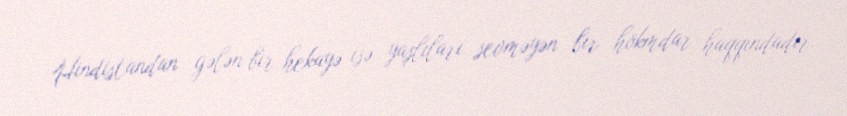
Hindistandan gələn bir hekayə isə yaşlıları sevməyən bir hökmdar haqqındadır.